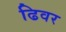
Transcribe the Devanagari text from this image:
ढिवर